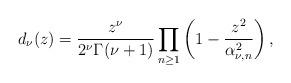
LaTeX: \begin{align*}d_{\nu}(z)=\frac{z^{\nu}}{2^{\nu}\Gamma(\nu+1)}\prod_{n\geq1}\left(1-\frac{z^2}{\alpha_{\nu,n}^2}\right),\end{align*}